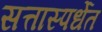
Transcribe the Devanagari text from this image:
सत्तास्पर्धेत